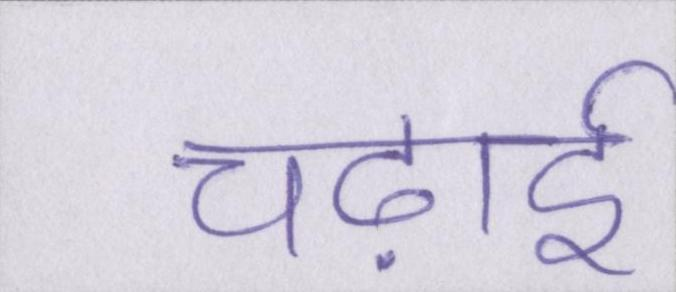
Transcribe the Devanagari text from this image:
चढ़ाई